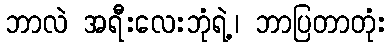
ဘာလဲ အရီးလေးဘုံရဲ့၊ ဘာပြတာတုံး